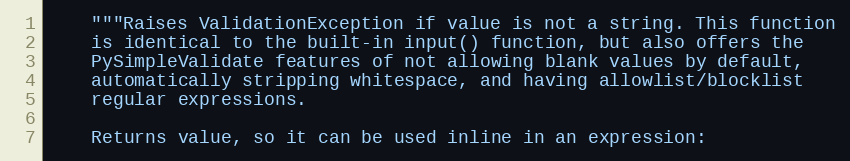
Language: Python
    """Raises ValidationException if value is not a string. This function
    is identical to the built-in input() function, but also offers the
    PySimpleValidate features of not allowing blank values by default,
    automatically stripping whitespace, and having allowlist/blocklist
    regular expressions.

    Returns value, so it can be used inline in an expression: